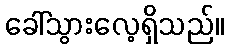
ခေါ်သွားလေ့ရှိသည်။